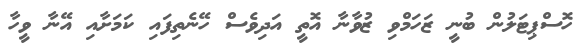
ހޮސްޕިޓަލުން ބުނީ ޒަހަމްވި ޒުވާނާ އޮތީ އަދިވެސް ހޭނެތިފައި ކަމަށާއި އޭނާ ވީހާ